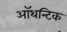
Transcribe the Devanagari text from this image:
ऑथन्टिक